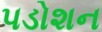
પડોશન